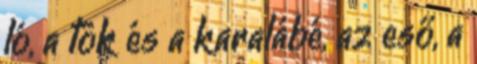
ló, a tök és a karalábé, az eső, a